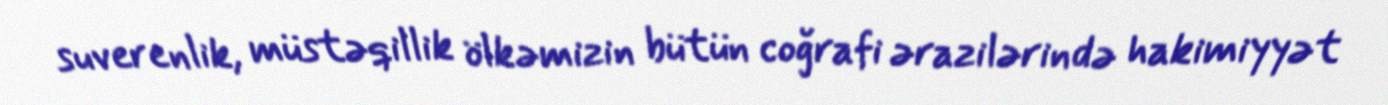
suverenlik, müstəqillik ölkəmizin bütün coğrafi ərazilərində hakimiyyət